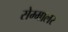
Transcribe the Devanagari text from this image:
सेम्मालर